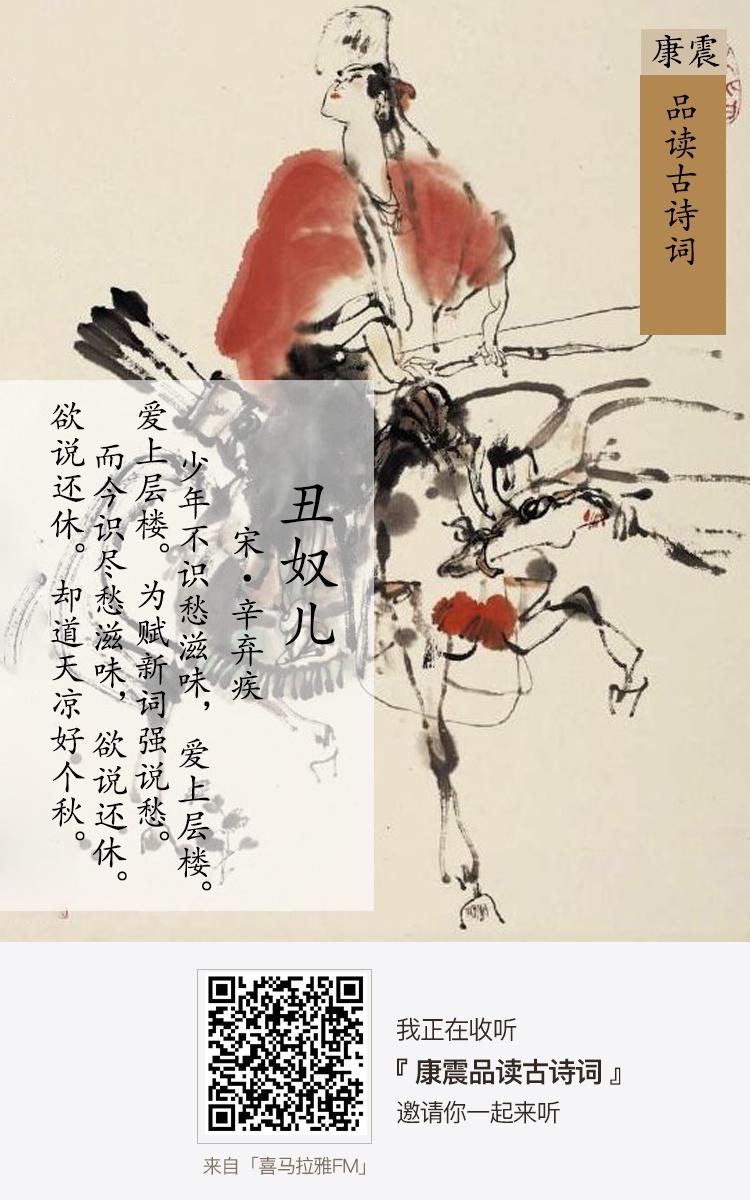
而今识尽愁滋味，欲说还休。